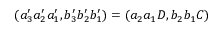
( a _ { 3 } ^ { \prime } a _ { 2 } ^ { \prime } a _ { 1 } ^ { \prime } , b _ { 3 } ^ { \prime } b _ { 2 } ^ { \prime } b _ { 1 } ^ { \prime } ) = ( a _ { 2 } a _ { 1 } D , b _ { 2 } b _ { 1 } C )